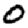
Digit: 0